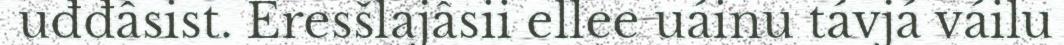
uđđâsist. Eresšlajâsii ellee uáinu távjá váilu